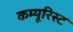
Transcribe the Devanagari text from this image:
कम्यूरिस्ट